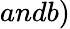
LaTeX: andb)